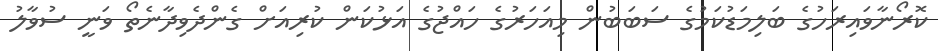
ކޮރޯނާވައިރަހުގެ ބަލިމަޑުކަމުގެ ސަބަބުން މިއަހަރުގެ ހައްޖުގެ އަޅުކަން ކުރިއަށް ގެންދެވިދާނެތޯ ވަނީ ސުވާލު